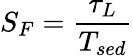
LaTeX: S_{F}=\frac{\tau_{L}}{T_{sed}}